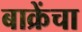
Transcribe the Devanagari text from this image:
बाक्रेंचा